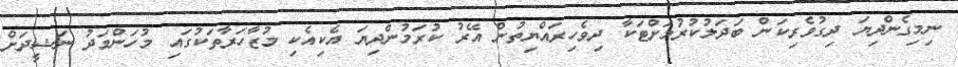
ނިމިގެންދިޔަ ދިގުވެރިކަން ބަދަލުކުރުމަށްޓަކާ ދިވެހިރައްޔިތުން އޭރު ކުރަމުންދިޔަ އެކިއެކި މުޒާހަރާތަކުގައި މުހަންމަދު ނަޝީދަށް